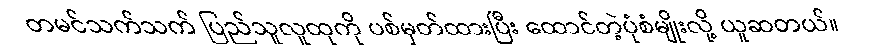
တမင်သက်သက် ပြည်သူလူထုကို ပစ်မှတ်ထားပြီး ထောင်တဲ့ပုံစံမျိုးလို့ ယူဆတယ်။